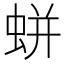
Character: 蛢